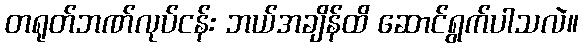
တရုတ်ဘဏ်လုပ်ငန်း ဘယ်အချိန်ထိ ဆောင်ရွက်ပါသလဲ။